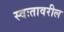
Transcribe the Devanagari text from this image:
स्वःतावरील